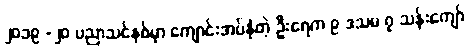
၂၀၁၉ -၂၀ ပညာသင်နှစ်မှာ ကျောင်းအပ်နှံတဲ့ ဦးရေက ၉ ဒသမ ၇ သန်းကျော်